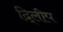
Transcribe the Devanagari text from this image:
दि्लीप